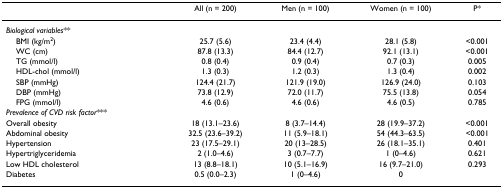
|  | All (n = 200) | Men (n = 100) | Women (n = 100) | P* |
 | --- | --- | --- | --- | --- |
 | Biological variables** |  |  |  |  |
 | BMI (kg/m2) | 25.7 (5.6) | 23.4 (4.4) | 28.1 (5.8) | <0.001 |
 | WC (cm) | 87.8 (13.3) | 84.4 (12.7) | 92.1 (13.1) | <0.001 |
 | TG (mmol/l) | 0.8 (0.4) | 0.9 (0.4) | 0.7 (0.3) | 0.005 |
 | HDL-chol (mmol/l) | 1.3 (0.3) | 1.2 (0.3) | 1.3 (0.4) | 0.002 |
 | SBP (mmHg) | 124.4 (21.7) | 121.9 (19.0) | 126.9 (24.0) | 0.103 |
 | DBP (mmHg) | 73.8 (12.9) | 72.0 (11.7) | 75.5 (13.8) | 0.054 |
 | FPG (mmol/l) | 4.6 (0.6) | 4.6 (0.6) | 4.6 (0.5) | 0.785 |
 | Prevalence of CVD risk factor*** |  |  |  |  |
 | Overall obesity | 18 (13.1–23.6) | 8 (3.7–14.4) | 28 (19.9–37.2) | <0.001 |
 | Abdominal obesity | 32.5 (23.6–39.2) | 11 (5.9–18.1) | 54 (44.3–63.5) | <0.001 |
 | Hypertension | 23 (17.5–29.1) | 20 (13–28.5) | 26 (18.1–35.1) | 0.401 |
 | Hypertriglyceridemia | 2 (1.0–4.6) | 3 (0.7–7.7) | 1 (0–4.6) | 0.621 |
 | Low HDL cholesterol | 13 (8.8–18.1) | 10 (5.1–16.9) | 16 (9.7–21.0) | 0.293 |
 | Diabetes | 0.5 (0.0–2.3) | 1 (0–4.6) | 0 |  |